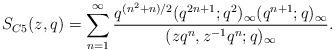
LaTeX: \begin{align*}S_{C5}(z,q)=\sum_{n=1}^\infty \frac{q^{(n^2+n)/2}(q^{2n+1};q^2)_\infty (q^{n+1};q)_\infty}{(zq^n,z^{-1}q^n;q)_\infty}.\end{align*}